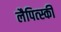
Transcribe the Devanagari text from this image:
लैपित्स्की